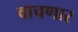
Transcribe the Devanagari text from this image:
वाचणार